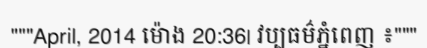
"""April, 2014 ម៉ោង 20:36| វប្បធម៌ភ្នំពេញ ៖"""